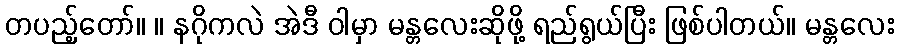
တပည့်တော်။ ။ နဂိုကလဲ အဲဒီ ဝါမှာ မန္တလေးဆိုဖို့ ရည်ရွယ်ပြီး ဖြစ်ပါတယ်။ မန္တလေး